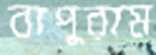
বাপুরাম